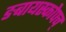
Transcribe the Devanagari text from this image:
ङबायस्कोपच्